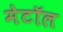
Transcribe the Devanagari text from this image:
मेटॉल